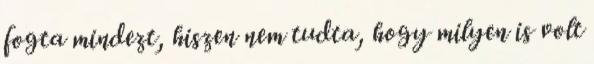
fogta mindezt, hiszen nem tudta, hogy milyen is volt